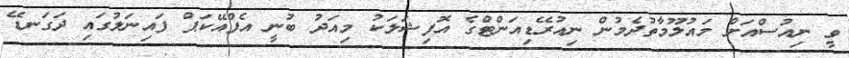
ވީ ނިއުސްއަށް މައުލޫމާތުދެމުން ނިއުރޭޑިއަންޓްގެ އޮފިޝަލަކު މިއަދު ބުނީ އެފްއޭކަޕް ފައިނަލުގައި ދަގަނޑޭ